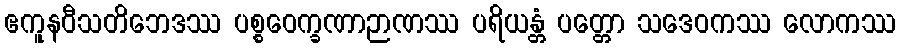
ဧကူနဝီသတိဘေဒဿ ပစ္စဝေက္ခဏာဉာဏဿ ပရိယန္တံ ပတ္တော သဒေဝကဿ လောကဿ